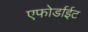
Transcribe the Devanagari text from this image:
एफोर्डाईट